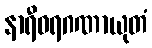
နာရီဝရဂဏာယုတံ